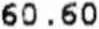
60.60